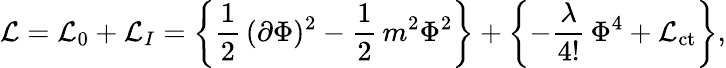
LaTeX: {\cal L}={\cal L}_{0}+{\cal L}_{I}=\left\{ \frac{1}{2}\, (\partial\Phi)^{2}-\frac{1}{2}\, m^{2}\Phi^{2}\right\} +\left\{ -\frac{\lambda}{4!}\, \Phi^{4}+{\cal L}_{\mathrm{ct}}\right\} ,